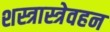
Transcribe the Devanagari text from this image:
शस्त्रास्त्रेवहन